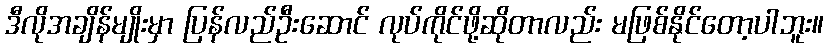
ဒီလိုအချိန်မျိုးမှာ ပြန်လည်ဦးဆောင် လုပ်ကိုင်ဖို့ဆိုတာလည်း မဖြစ်နိုင်တော့ပါဘူး။